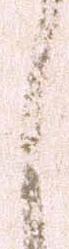
々